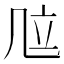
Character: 𠙅